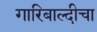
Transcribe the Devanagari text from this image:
गारिबाल्दीचा